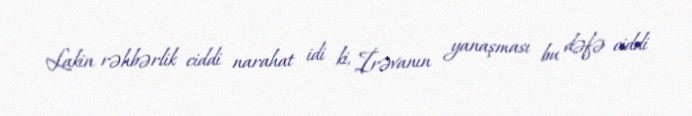
Lakin rəhbərlik ciddi narahat idi ki, İrəvanın yanaşması bu dəfə ciddi